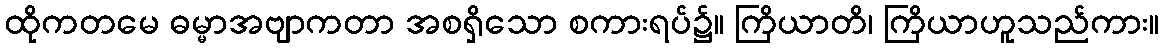
ထိုကတမေ ဓမ္မာအဗျာကတာ အစရှိသော စကားရပ်၌။ ကြိယာတိ၊ ကြိယာဟူသည်ကား။